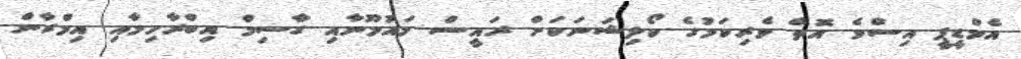
އެމްޑީޕީ އިސްވެ އޮތް ވެރިކަމުގެ ކޯލިޝަނަކަށް ރައީސް މައުމޫނާއި ގާސިމް އިބްރާހިމާއި އިމްރާން